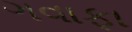
ગવાફા